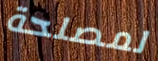
لمصلحة